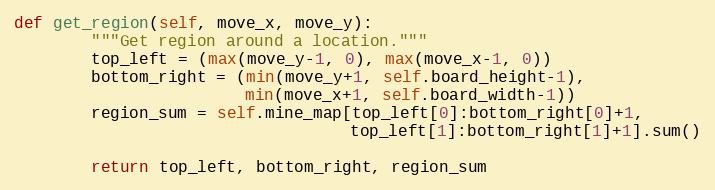
Language: Python
def get_region(self, move_x, move_y):
        """Get region around a location."""
        top_left = (max(move_y-1, 0), max(move_x-1, 0))
        bottom_right = (min(move_y+1, self.board_height-1),
                        min(move_x+1, self.board_width-1))
        region_sum = self.mine_map[top_left[0]:bottom_right[0]+1,
                                   top_left[1]:bottom_right[1]+1].sum()

        return top_left, bottom_right, region_sum